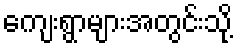
ကျေးရွာများအတွင်းသို့